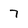
Character: 7